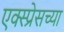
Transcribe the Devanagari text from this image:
एक्स्प्रेसच्या